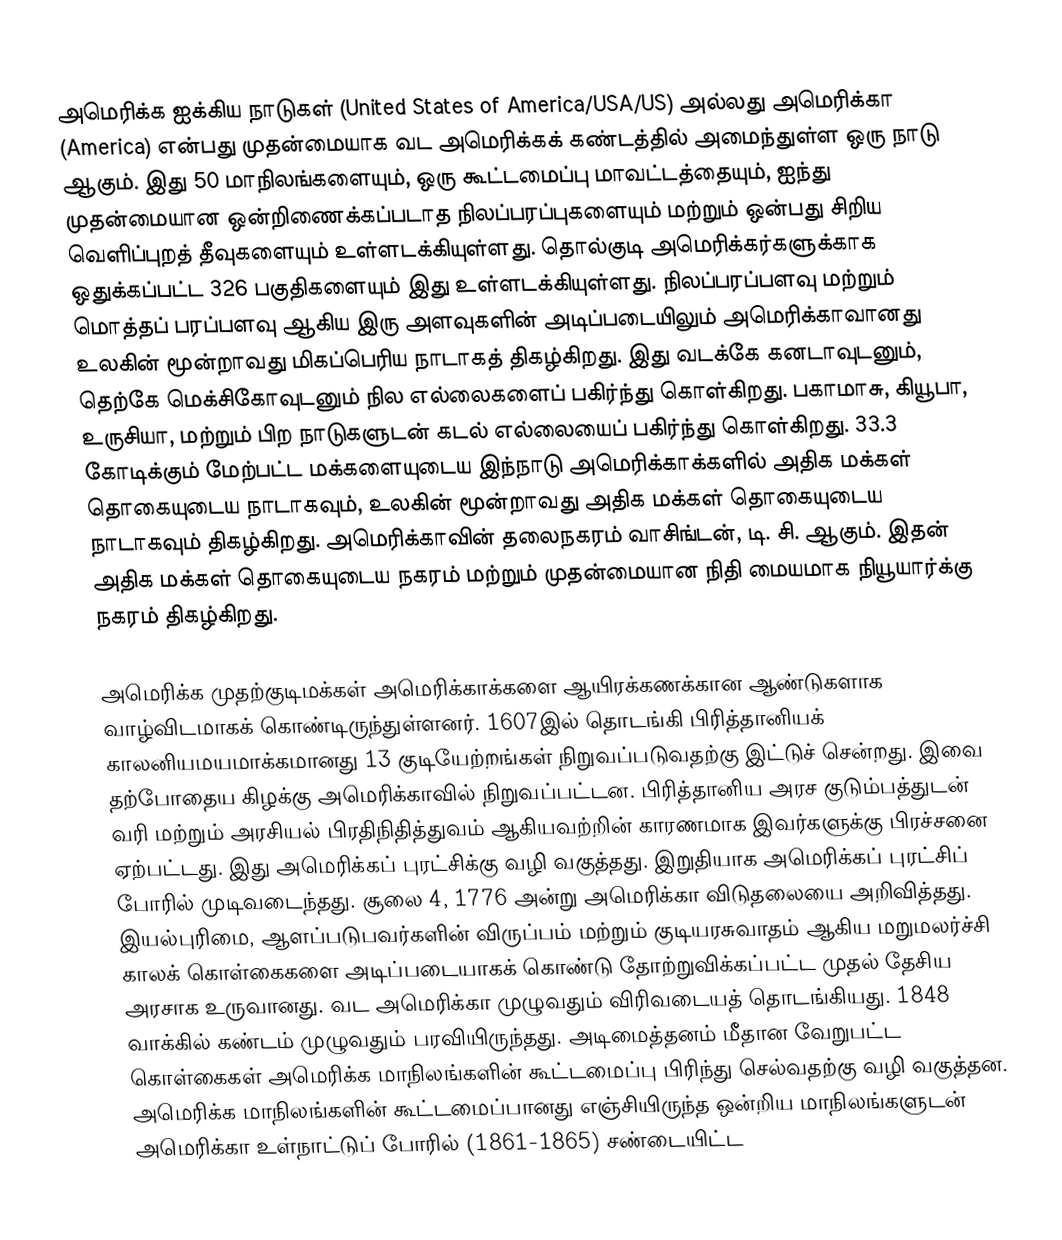
அமெரிக்க ஐக்கிய நாடுகள் (United States of America/USA/US) அல்லது அமெரிக்கா (America) என்பது முதன்மையாக வட அமெரிக்கக் கண்டத்தில் அமைந்துள்ள ஒரு நாடு ஆகும். இது 50 மாநிலங்களையும், ஒரு கூட்டமைப்பு மாவட்டத்தையும், ஐந்து முதன்மையான ஒன்றிணைக்கப்படாத நிலப்பரப்புகளையும் மற்றும் ஒன்பது சிறிய வெளிப்புறத் தீவுகளையும் உள்ளடக்கியுள்ளது. தொல்குடி அமெரிக்கர்களுக்காக ஒதுக்கப்பட்ட 326 பகுதிகளையும் இது உள்ளடக்கியுள்ளது. நிலப்பரப்பளவு மற்றும் மொத்தப் பரப்பளவு ஆகிய இரு அளவுகளின் அடிப்படையிலும் அமெரிக்காவானது உலகின் மூன்றாவது மிகப்பெரிய நாடாகத் திகழ்கிறது. இது வடக்கே கனடாவுடனும், தெற்கே மெக்சிகோவுடனும் நில எல்லைகளைப் பகிர்ந்து கொள்கிறது. பகாமாசு, கியூபா, உருசியா, மற்றும் பிற நாடுகளுடன் கடல் எல்லையைப் பகிர்ந்து கொள்கிறது. 33.3 கோடிக்கும் மேற்பட்ட மக்களையுடைய இந்நாடு அமெரிக்காக்களில் அதிக மக்கள் தொகையுடைய நாடாகவும், உலகின் மூன்றாவது அதிக மக்கள் தொகையுடைய நாடாகவும் திகழ்கிறது. அமெரிக்காவின் தலைநகரம் வாசிங்டன், டி. சி. ஆகும். இதன் அதிக மக்கள் தொகையுடைய நகரம் மற்றும் முதன்மையான நிதி மையமாக நியூயார்க்கு நகரம் திகழ்கிறது.

அமெரிக்க முதற்குடிமக்கள் அமெரிக்காக்களை ஆயிரக்கணக்கான ஆண்டுகளாக வாழ்விடமாகக் கொண்டிருந்துள்ளனர். 1607இல் தொடங்கி பிரித்தானியக் காலனியமயமாக்கமானது 13 குடியேற்றங்கள் நிறுவப்படுவதற்கு இட்டுச் சென்றது. இவை தற்போதைய கிழக்கு அமெரிக்காவில் நிறுவப்பட்டன. பிரித்தானிய அரச குடும்பத்துடன் வரி மற்றும் அரசியல் பிரதிநிதித்துவம் ஆகியவற்றின் காரணமாக இவர்களுக்கு பிரச்சனை ஏற்பட்டது. இது அமெரிக்கப் புரட்சிக்கு வழி வகுத்தது. இறுதியாக அமெரிக்கப் புரட்சிப் போரில் முடிவடைந்தது. சூலை 4, 1776 அன்று அமெரிக்கா விடுதலையை அறிவித்தது. இயல்புரிமை, ஆளப்படுபவர்களின் விருப்பம் மற்றும் குடியரசுவாதம் ஆகிய மறுமலர்ச்சி காலக் கொள்கைகளை அடிப்படையாகக் கொண்டு தோற்றுவிக்கப்பட்ட முதல் தேசிய அரசாக உருவானது. வட அமெரிக்கா முழுவதும் விரிவடையத் தொடங்கியது. 1848 வாக்கில் கண்டம் முழுவதும் பரவியிருந்தது. அடிமைத்தனம் மீதான வேறுபட்ட கொள்கைகள் அமெரிக்க மாநிலங்களின் கூட்டமைப்பு பிரிந்து செல்வதற்கு வழி வகுத்தன. அமெரிக்க மாநிலங்களின் கூட்டமைப்பானது எஞ்சியிருந்த ஒன்றிய மாநிலங்களுடன் அமெரிக்கா உள்நாட்டுப் போரில் (1861-1865) சண்டையிட்ட